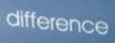
difference